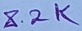
Text: 8.2K